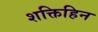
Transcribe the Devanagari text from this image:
शक्तिहिन